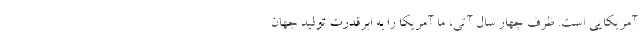
آمریکایی‌ است. ظرف چهار سال آتی، ما آمریکا را به ابرقدرت تولید جهان